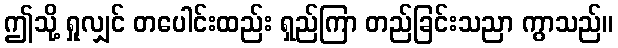
ဤသို့ ရှုလျှင် တပေါင်းထည်း ရှည်ကြာ တည်ခြင်းသညာ ကွာသည်။